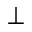
\bot